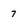
Character: 7